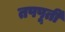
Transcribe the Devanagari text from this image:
तपपूर्ती